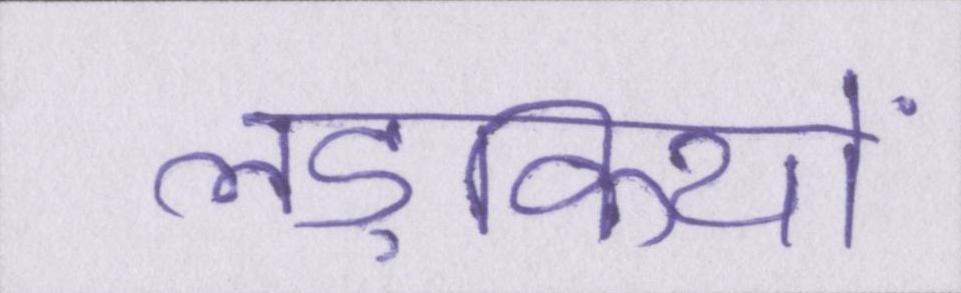
लड़कियों